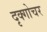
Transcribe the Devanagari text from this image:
दृक्गोचर